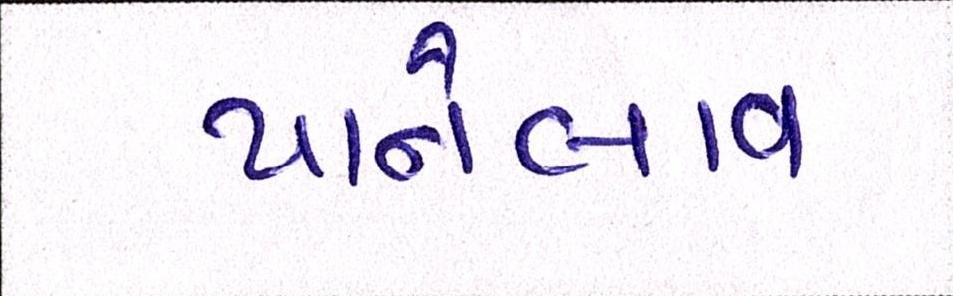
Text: પાનેલાવ